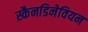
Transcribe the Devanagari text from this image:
स्कैनडिनेवियन